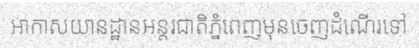
អាកាសយានដ្ឋានអន្តរជាតិភ្នំពេញមុនចេញដំណើរទៅ